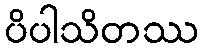
ပိပါသိတဿ